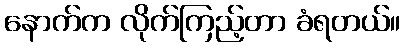
နောက်က လိုက်ကြည့်တာ ခံရတယ်။